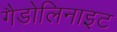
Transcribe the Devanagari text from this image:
गैडोलिनाइट